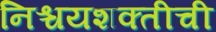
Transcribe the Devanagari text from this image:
निश्चयशक्तीची